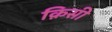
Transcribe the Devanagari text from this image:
क़िसी